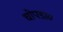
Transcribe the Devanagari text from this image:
चोपडा०